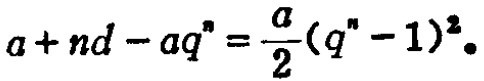
\(a+nd - aq^{n}=\frac{a}{2}(q^{n}-1)^{2}\)